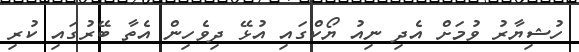
ހުޝިޔާރު ވުމަށް އެދި ނިއު ޔޯކްގައި އުޅޭ ދިވެހިން އެތާ ބޭރުގައި ކުރި